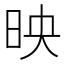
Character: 映